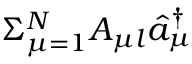
\Sigma _ { \mu = 1 } ^ { N } A _ { \mu l } \hat { a } _ { \mu } ^ { \dagger }